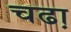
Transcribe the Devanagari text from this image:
चढा़